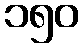
၁၅၀